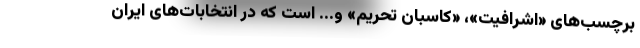
برچسب‌های «اشرافیت»، «کاسبان تحریم» و... است که در انتخابات‌های ایران